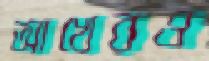
আখেরও